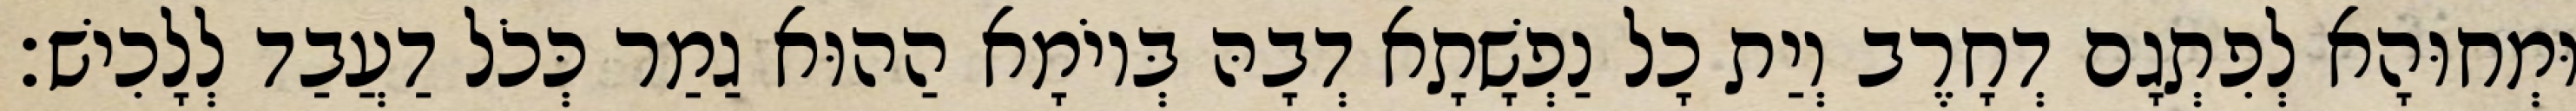
וּמְחוּהָא לְפִתְגָם דְחָרֶב וְיַת כָל נַפְשָׁתָא דְבָהּ בְּיוֹמָא הַהוּא גַמַר כְּכֹל דַעֲבַד לְלָכִישׁ׃